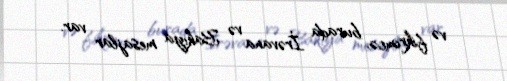
və fikrimcə, burada İrəvana və Bakıya mesajlar var.